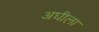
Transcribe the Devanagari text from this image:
अघीला